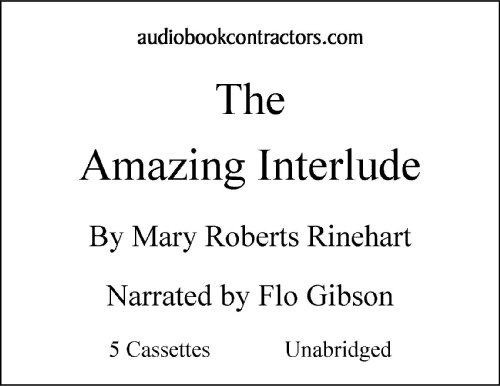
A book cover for The Amazing Interlude; Mary Roberts Rinehart; Romance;